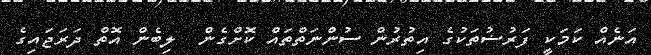
އަނެއް ކަމަކީ ފަރުޟުތަކުގެ އިތުރުން ސުންނަތްތައް ކޮށްގެން  ލިބެން އޮތް ދަރަޖައިގެ